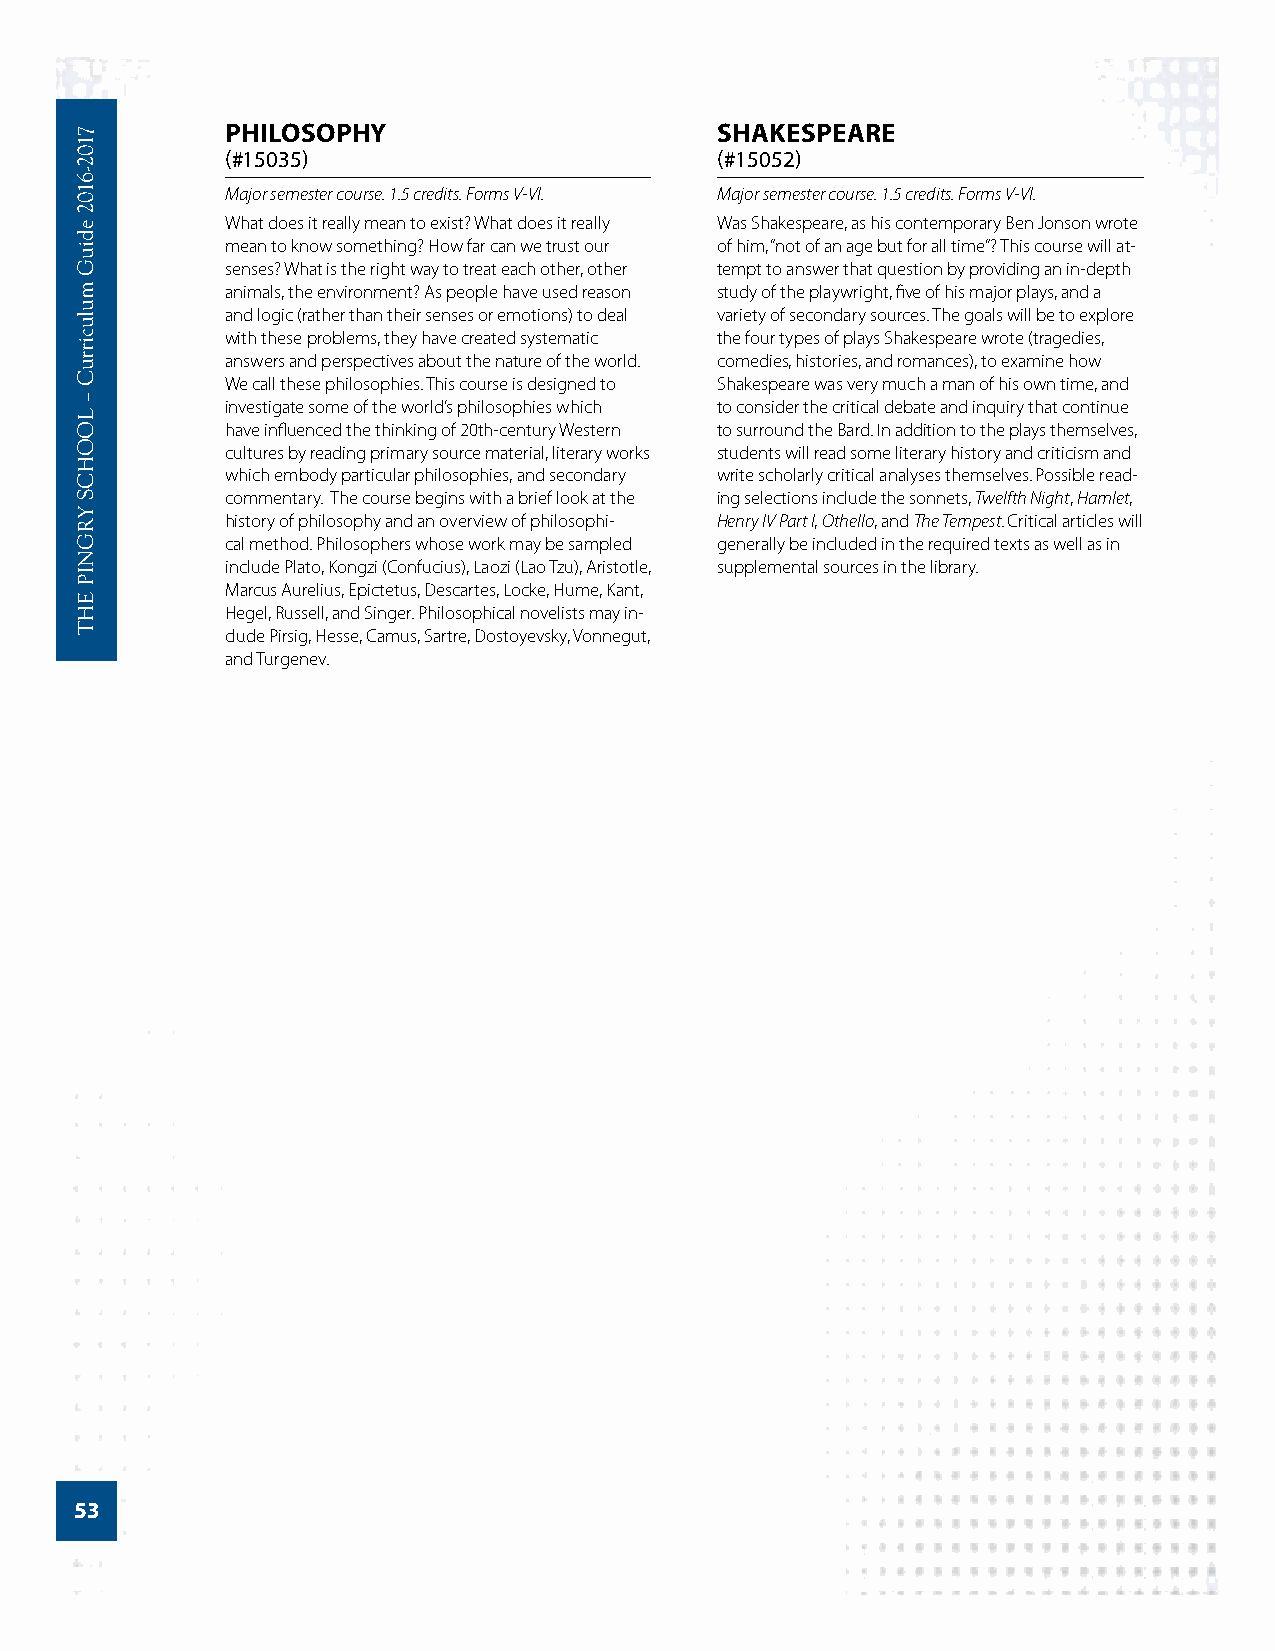
PHILOSOPHY                       SHAKESPEARE
 (#15035)                        (#15052)
 Major semester course. 1.5 credits. Forms V-VI. Major semester course. 1.5 credits. Forms V-VI.
 What does it really mean to exist? What does it really Was Shakespeare, as his contemporary Ben Jonson wrote
 mean to know something? How far can we trust our of him, “not of an age but for all time”? This course will at-
 senses? What is the right way to treat each other, other tempt to answer that question by providing an in-depth
 animals, the environment? As people have used reason study of the playwright, five of his major plays, and a
 and logic (rather than their senses or emotions) to deal variety of secondary sources. The goals will be to explore
 with these problems, they have created systematic the four types of plays Shakespeare wrote (tragedies,
 answers and perspectives about the nature of the world. comedies, histories, and romances), to examine how
 We call these philosophies. This course is designed to Shakespeare was very much a man of his own time, and
 investigate some of the world’s philosophies which to consider the critical debate and inquiry that continue
 have influenced the thinking of 20th-century Western to surround the Bard. In addition to the plays themselves,
 cultures by reading primary source material, literary works students will read some literary history and criticism and
 which embody particular philosophies, and secondary write scholarly critical analyses themselves. Possible read-
 commentary. The course begins with a brief look at the ing selections include the sonnets, Twelfth Night, Hamlet,
 history of philosophy and an overview of philosophi- Henry IV Part I, Othello, and The Tempest. Critical articles will
 cal method. Philosophers whose work may be sampled generally be included in the required texts as well as in
 include Plato, Kongzi (Confucius), Laozi (Lao Tzu), Aristotle, supplemental sources in the library.
 Marcus Aurelius, Epictetus, Descartes, Locke, Hume, Kant,
 Hegel, Russell, and Singer. Philosophical novelists may in-
 clude Pirsig, Hesse, Camus, Sartre, Dostoyevsky, Vonnegut,
 and Turgenev.
 53
 7102-­6102
 ediuG
 mulucirruC
 –
 LOOHCS
 YRGNIP
 EHT